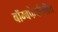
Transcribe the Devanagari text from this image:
बॉम्बफेकीतील